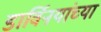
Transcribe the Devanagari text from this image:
डार्विनयांच्या